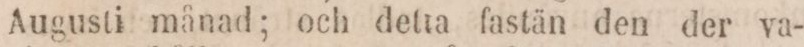
Augusti månad; och detta fastän den der va-